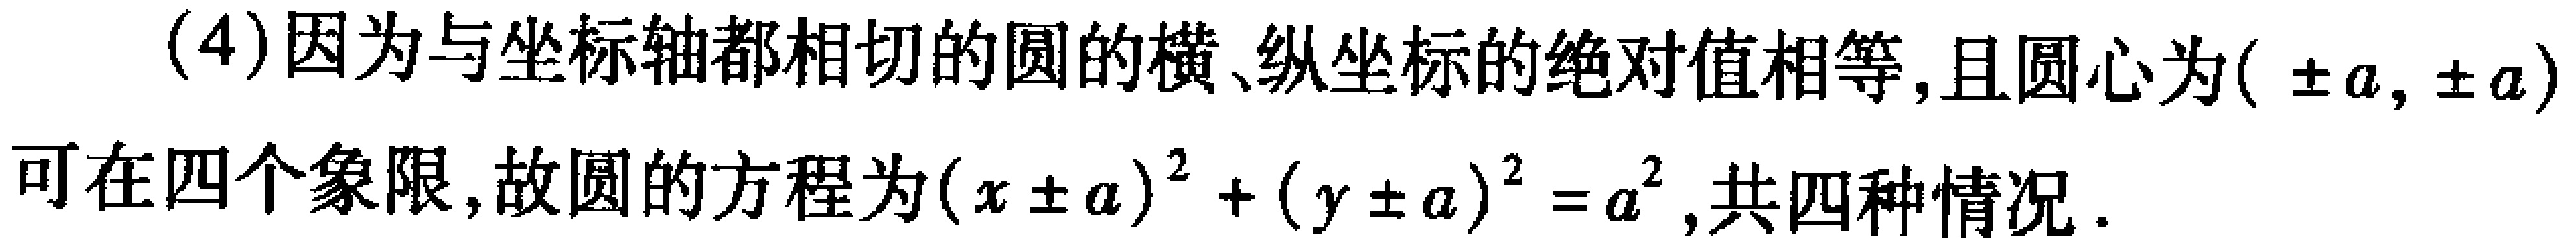
(4)因为与坐标轴都相切的圆的横、纵坐标的绝对值相等,且圆心为$(\pm a,\pm a)$可在四个象限,故圆的方程为$(x \pm a)^{2}+(y \pm a)^{2}=a^{2}$,共四种情况.